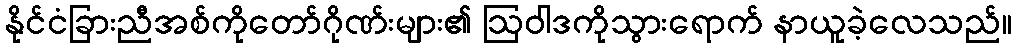
နိုင်ငံခြားညီအစ်ကိုတော်ဂိုဏ်းများ၏ ဩဝါဒကိုသွားရောက် နာယူခဲ့လေသည်။